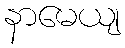
နာမေယျ